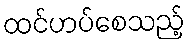
ထင်ဟပ်စေသည့်